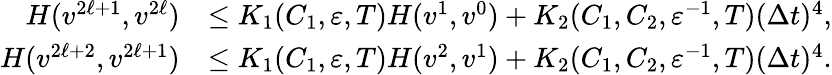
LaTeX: \begin{array}{rl}{H(v^{2\ell+1},v^{2\ell})}&{\le K_{1}(C_{1},\varepsilon,T)H(v^{1},v^{0})+K_{2}(C_{1},C_{2},\varepsilon^{-1},T)(\Delta t)^{4},}\\ {H(v^{2\ell+2},v^{2\ell+1})}&{\le K_{1}(C_{1},\varepsilon,T)H(v^{2},v^{1})+K_{2}(C_{1},C_{2},\varepsilon^{-1},T)(\Delta t)^{4}.}\end{array}